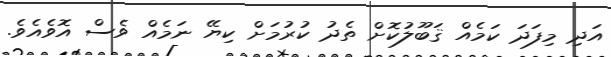
އަދި މިފަދަ ކަމެއް ޤަބޫލުކޮށް ތެދު ކުރުމަށް ކިޔޭ ނަމެއް ވެސް އޮވެއެވެ.